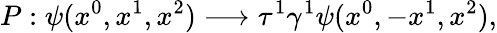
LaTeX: P:\psi(x^{0},x^{1},x^{2})\longrightarrow\tau^{1}\gamma^{1}\psi(x^{0},-x^{1},x^{2}),